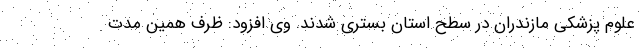
علوم پزشکی مازندران در سطح استان بستری شدند. وی افزود: ظرف همین مدت